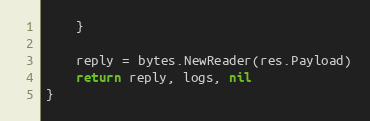
Language: Go
	}

	reply = bytes.NewReader(res.Payload)
	return reply, logs, nil
}